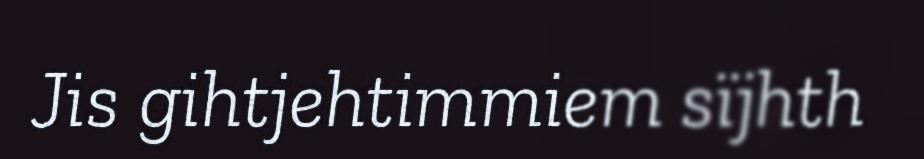
Jis gihtjehtimmiem sïjhth